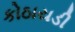
કોઠાયડી